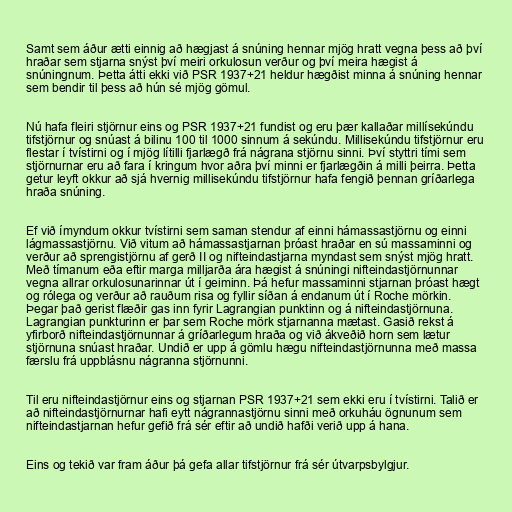
Samt sem áður ætti einnig að hægjast á snúning hennar mjög hratt vegna þess að því
hraðar sem stjarna snýst því meiri orkulosun verður og því meira hægist á
snúningnum. Þetta átti ekki við PSR 1937+21 heldur hægðist minna á snúning hennar
sem bendir til þess að hún sé mjög gömul.

Nú hafa fleiri stjörnur eins og PSR 1937+21 fundist og eru þær kallaðar millísekúndu
tifstjörnur og snúast á bilinu 100 til 1000 sinnum á sekúndu. Millisekúndu tifstjörnur eru
flestar í tvístirni og í mjög lítilli fjarlægð frá nágrana stjörnu sinni. Því styttri tími sem
stjörnurnar eru að fara í kringum hvor aðra því minni er fjarlægðin á milli þeirra. Þetta
getur leyft okkur að sjá hvernig millisekúndu tifstjörnur hafa fengið þennan gríðarlega
hraða snúning.

Ef við ímyndum okkur tvístirni sem saman stendur af einni hámassastjörnu og einni
lágmassastjörnu. Við vitum að hámassastjarnan þróast hraðar en sú massaminni og
verður að sprengistjörnu af gerð II og nifteindastjarna myndast sem snýst mjög hratt.
Með tímanum eða eftir marga milljarða ára hægist á snúningi nifteindastjörnunnar
vegna allrar orkulosunarinnar út í geiminn. Þá hefur massaminni stjarnan þróast hægt
og rólega og verður að rauðum risa og fyllir síðan á endanum út í Roche mörkin.
Þegar það gerist flæðir gas inn fyrir Lagrangian punktinn og á nifteindastjörnuna.
Lagrangian punkturinn er þar sem Roche mörk stjarnanna mætast. Gasið rekst á
yfirborð nifteindastjörnunnar á gríðarlegum hraða og við ákveðið horn sem lætur
stjörnuna snúast hraðar. Undið er upp á gömlu hægu nifteindastjörnunna með massa
færslu frá uppblásnu nágranna stjörnunni.

Til eru nifteindastjörnur eins og stjarnan PSR 1937+21 sem ekki eru í tvístirni. Talið er
að nifteindastjörnurnar hafi eytt nágrannastjörnu sinni með orkuháu ögnunum sem
nifteindastjarnan hefur gefið frá sér eftir að undið hafði verið upp á hana.

Eins og tekið var fram áður þá gefa allar tifstjörnur frá sér útvarpsbylgjur.